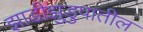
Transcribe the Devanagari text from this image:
झाडीझुडुपातील